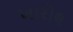
ખારોલ